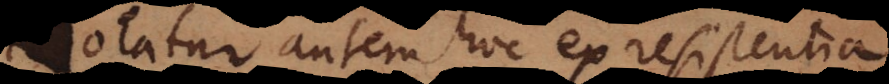
Notatur autem hoc ex resistentia